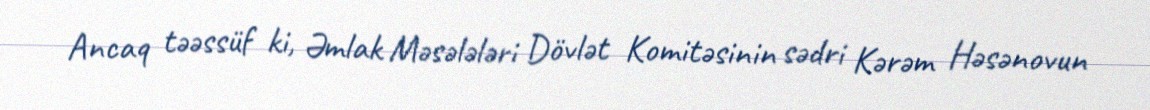
Ancaq təəssüf ki, Əmlak Məsələləri Dövlət Komitəsinin sədri Kərəm Həsənovun